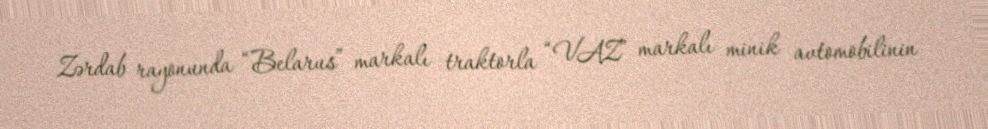
Zərdab rayonunda “Belarus” markalı traktorla “VAZ” markalı minik avtomobilinin